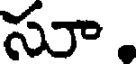
సూ.